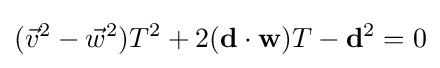
({\vec {v}}^{2}-{\vec {w}}^{2})T^{2}+2(\mathbf {d} \cdot \mathbf {w} )T-\mathbf {d} ^{2}=0